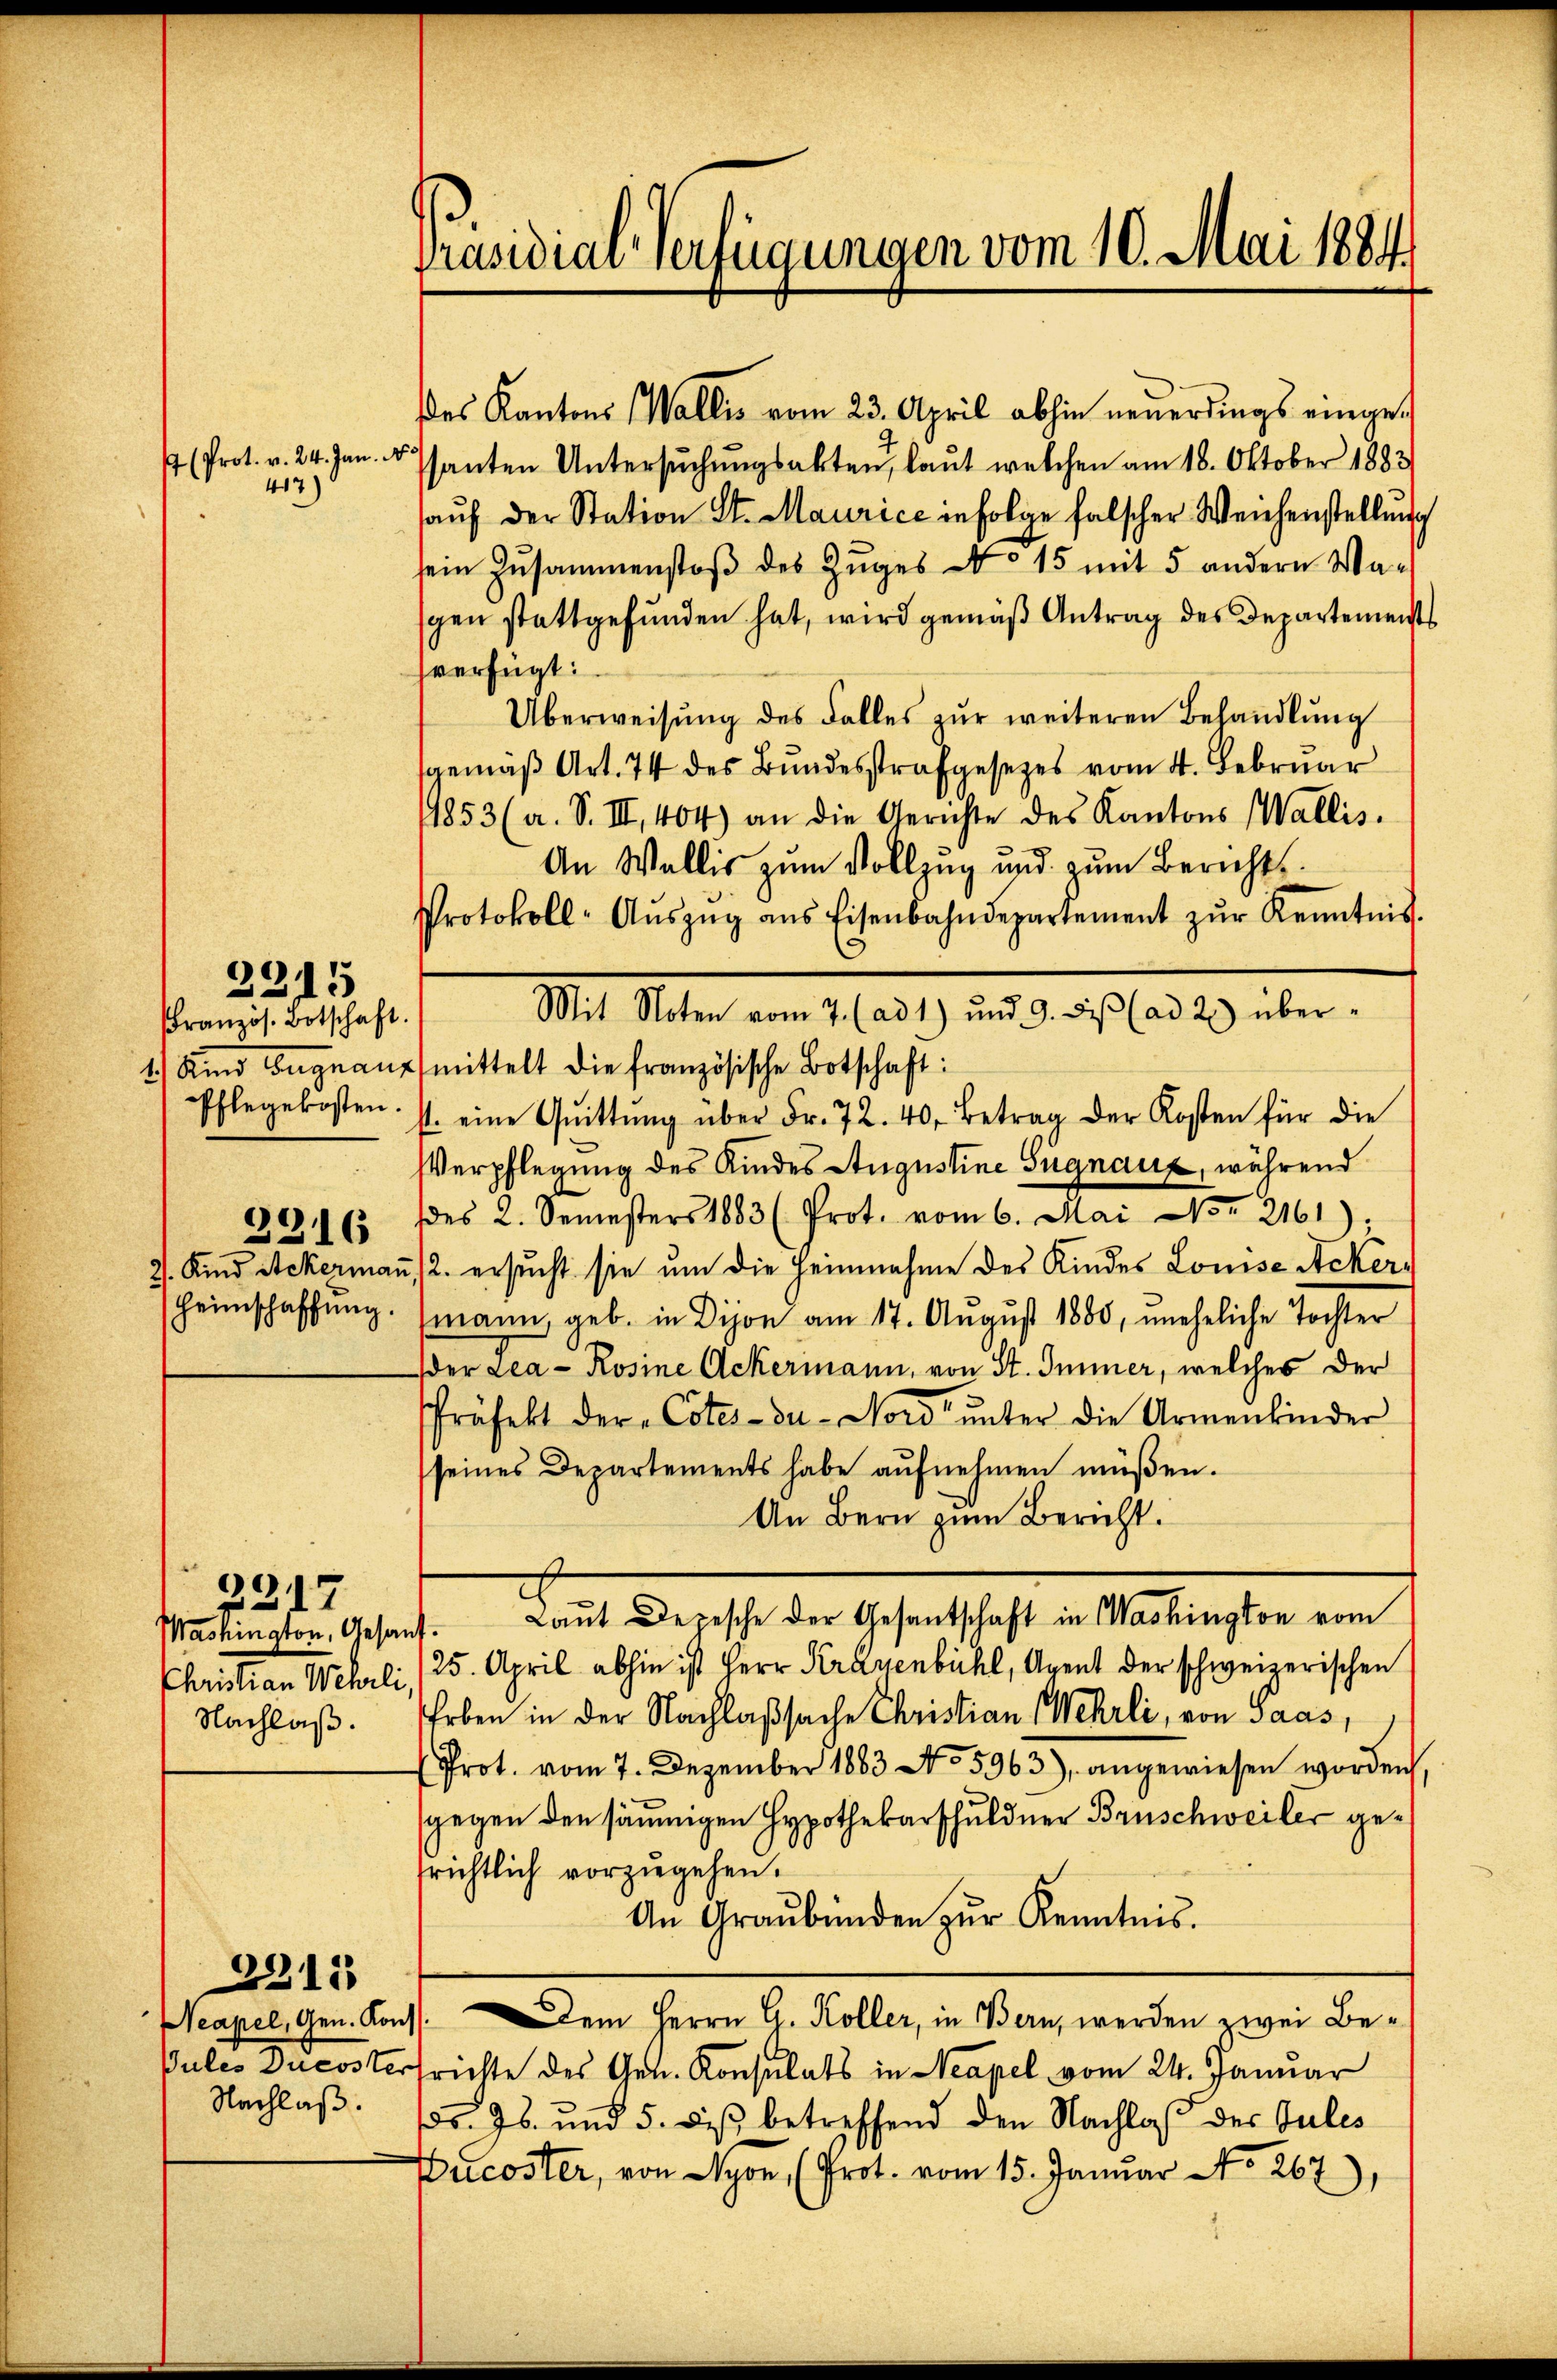
4 (Prot. v. 24. Jan. N
417)

2215
französ. Botschaft.
1) Und Begnau,
Pflegekosten.

3316
2. Kind Ackerman
Heimschaffung

2217
Washington, Gesan
Christian Wehrli,
Nachlaß.

2311
Neapel, Gen. Kon
ules Ducoster
Nachlaß.

Präsidiar Verfügungen vom 10. Mai 1884

des Kantons Wallis vom 23. April abhin neuerdings eingesanten Untersŭchŭngsakten, laut welchen am 18. Oktober 1883
aŭf der Station St. Maurice infolge falscher Weichenstellung
sein Zusammenstoβ des Zŭges No 15 mit 5 andern Wagen stattgefŭnden hat, wird gemäβ Antrag des Departements
verfügt:
Überweisŭng des Falles zŭr weiteren Behandlŭng
gemäß Art. 74 des Bundesstrafgesetzes vom 4. Februar
1853 (a. S. III. 404) an die Gerichte des Kantons Wallis.
An Wallis zum Vollzug und zum Berichts¬
Protokoll- Aŭszŭg ans Eisenbahndepartement zŭr Kenntnis.
Mit Noten vom 7. (ad 1) und 9. di (ad 2) über-
mittelt die französische Botschaft:
st. eine Quittŭng über Fr. 72. 40. Betrag der Kosten für die
Verpflegung des Kindes Augustine Signaux, während
es 2. Semesters 1883 (Prot. vom 6. Mai No 2161);
2. ersucht sie um die Heinnahme des Kindes Louise Ackermann, geb. in Dijon am 17. August 1880, uneheliche Tochter
der Lea - Rosine Ackermann, von St. Immer, welches der
Präfekt der „Cotes - zu Nord ŭnter die Armenkinder
seines Departements habe aufnehmen müßen.
An Bern zum Bericht.
 Laut Depesche der Gesantschaft in Washington vom
25. April abhin ist Herr Krauenbühl, Agent der schweizerischen
Erben in der Nachlaßsache Christian Wehrli, von Saas,
Prot. vom 7. Dezember 1883 No 5963), angewiesen worden,
gegen den säumigen Hypothekarschuldner Brüschweiler gerichtlich vorzugehen.
An Graubünden zŭr Kenntnis.
Dem Herrn G. Köller, in Bern, werden zwei Befrichte des Gen. Konsulats in Neapel vom 24. Januar
s. Js. und 5. diβ betreffend den Nachlaß des Jules
Bucoster, von Nyon (Prot. vom 15. Januar No. 267),